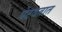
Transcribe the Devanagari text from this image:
पेटवतात